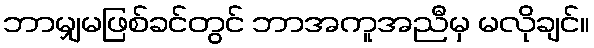
ဘာမျှမဖြစ်ခင်တွင် ဘာအကူအညီမှ မလိုချင်။